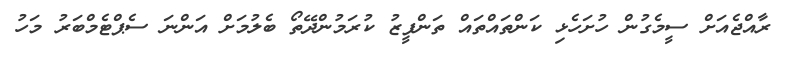
ރާއްޖެއަށް ސީމެގުން ހުށަހެޅި ކަންތައްތައް ތަންފީޒު ކުރަމުންދޭތޯ ބެލުމަށް އަންނަ ސެޕްޓެމްބަރު މަހު